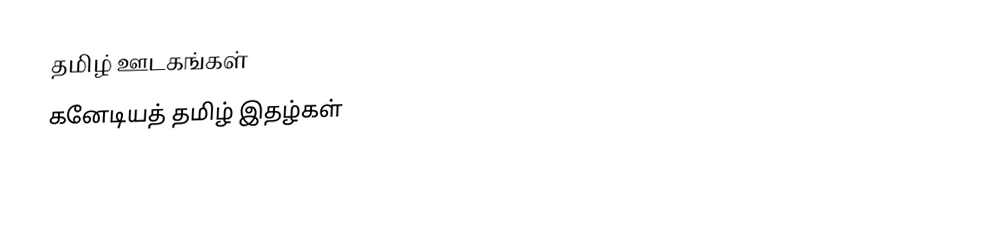
தமிழ் ஊடகங்கள்
கனேடியத் தமிழ் இதழ்கள்